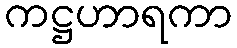
ကဋ္ဌဟာရကာ